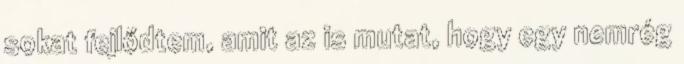
sokat fejlődtem, amit az is mutat, hogy egy nemrég